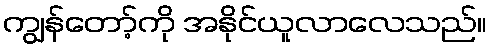
ကျွန်တော့်ကို အနိုင်ယူလာလေသည်။